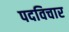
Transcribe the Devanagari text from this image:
पदविचार